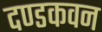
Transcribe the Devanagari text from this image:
दण्डकवन